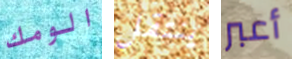
الومك ينتقل أعبر